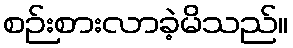
စဉ်းစားလာခဲ့မိသည်။